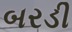
બરડી